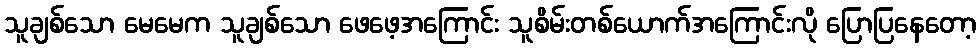
သူချစ်သော မေမေက သူချစ်သော ဖေဖေ့အကြောင်း သူစိမ်းတစ်ယောက်အကြောင်းလို ပြောပြနေတော့